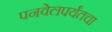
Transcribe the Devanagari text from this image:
पनवेलपर्यंतचा